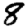
Digit: 8